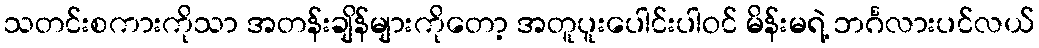
သတင်းစကားကိုသာ အတန်းချိန်များကိုတော့ အတူပူးပေါင်းပါဝင် မိန်းမရဲ့ ဘင်္ဂလားပင်လယ်